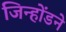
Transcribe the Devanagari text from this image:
जिन्होंडने